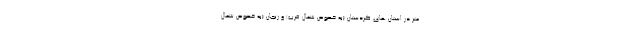
متر در استان های کردستان (به خصوص شمال غرب) و زنجان (به خصوص شمال